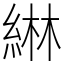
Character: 綝